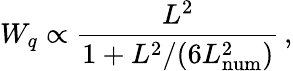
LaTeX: W_{q}\propto\frac{L^{2}}{1+L^{2}/(6L_{\mathrm{num}}^{2})}\, ,